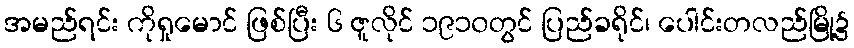
အမည်ရင်း ကိုရှုမောင် ဖြစ်ပြီး ၆ ဇူလိုင် ၁၉၁၀တွင် ပြည်ခရိုင်၊ ပေါင်းတလည်မြို့၌